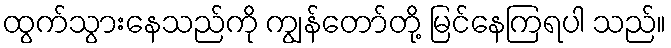
ထွက်သွားနေသည်ကို ကျွန်တော်တို့ မြင်နေကြရပါ သည်။